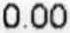
0.00